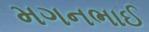
મગનભાઈ